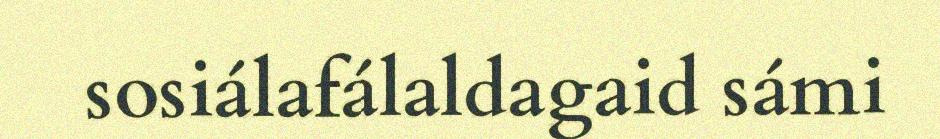
sosiálafálaldagaid sámi